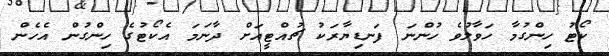
ކޯޓު ހިންގުމާ ހަވާލުވެ ހުންނަ ފަނޑިޔާރަކު ޗުއްޓީއަށް ދާނަމަ އެކޯޓުގެ ހިންގުން އެހެން